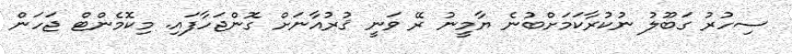
ސިހުރު ގަބޫލު ނުކުރާކަމަށްބުނެ ޔާމީނު ރޭ ވަނީ ޤުރުއާނަށް ގޮންޖަހާފައި. މިކޮމެންޓް ޖަހަން